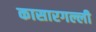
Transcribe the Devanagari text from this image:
कासारगल्ली